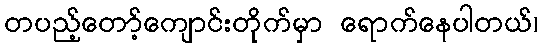
တပည့်တော့်ကျောင်းတိုက်မှာ ရောက်နေပါတယ်၊